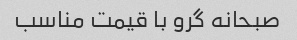
صبحانه گرو با قیمت مناسب